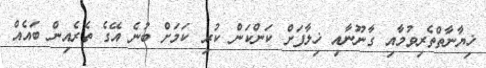
ޚިޔާނާތްތެރިވުމާއި ގާނޫނާއި ޚިލާފަށް ކަންކަން ކުރި ކަމަށް ބުނެ އޭގެ ތެރެއިން ބައެއް